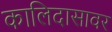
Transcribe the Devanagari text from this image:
कालिदासावर